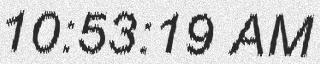
10:53:19 AM